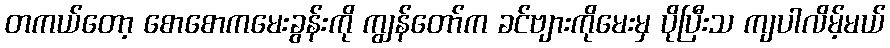
တကယ်တော့ စောစောကမေးခွန်းကို ကျွန်တော်က ခင်ဗျားကိုမေးမှ ပိုပြီးသ ကျပါလိမ့်မယ်